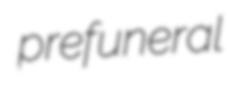
prefuneral